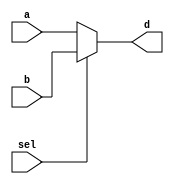
module mux2_8bits(a,b,sel,d);//mux2-8bits
	input [7:0] a,b;//8-bits inputs
	input sel;//selection
	output [7:0] d;//8-bit output
	
	assign d = (sel==0)? a : b;//condition operator
	
	endmodule//endmodule